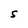
Character: S